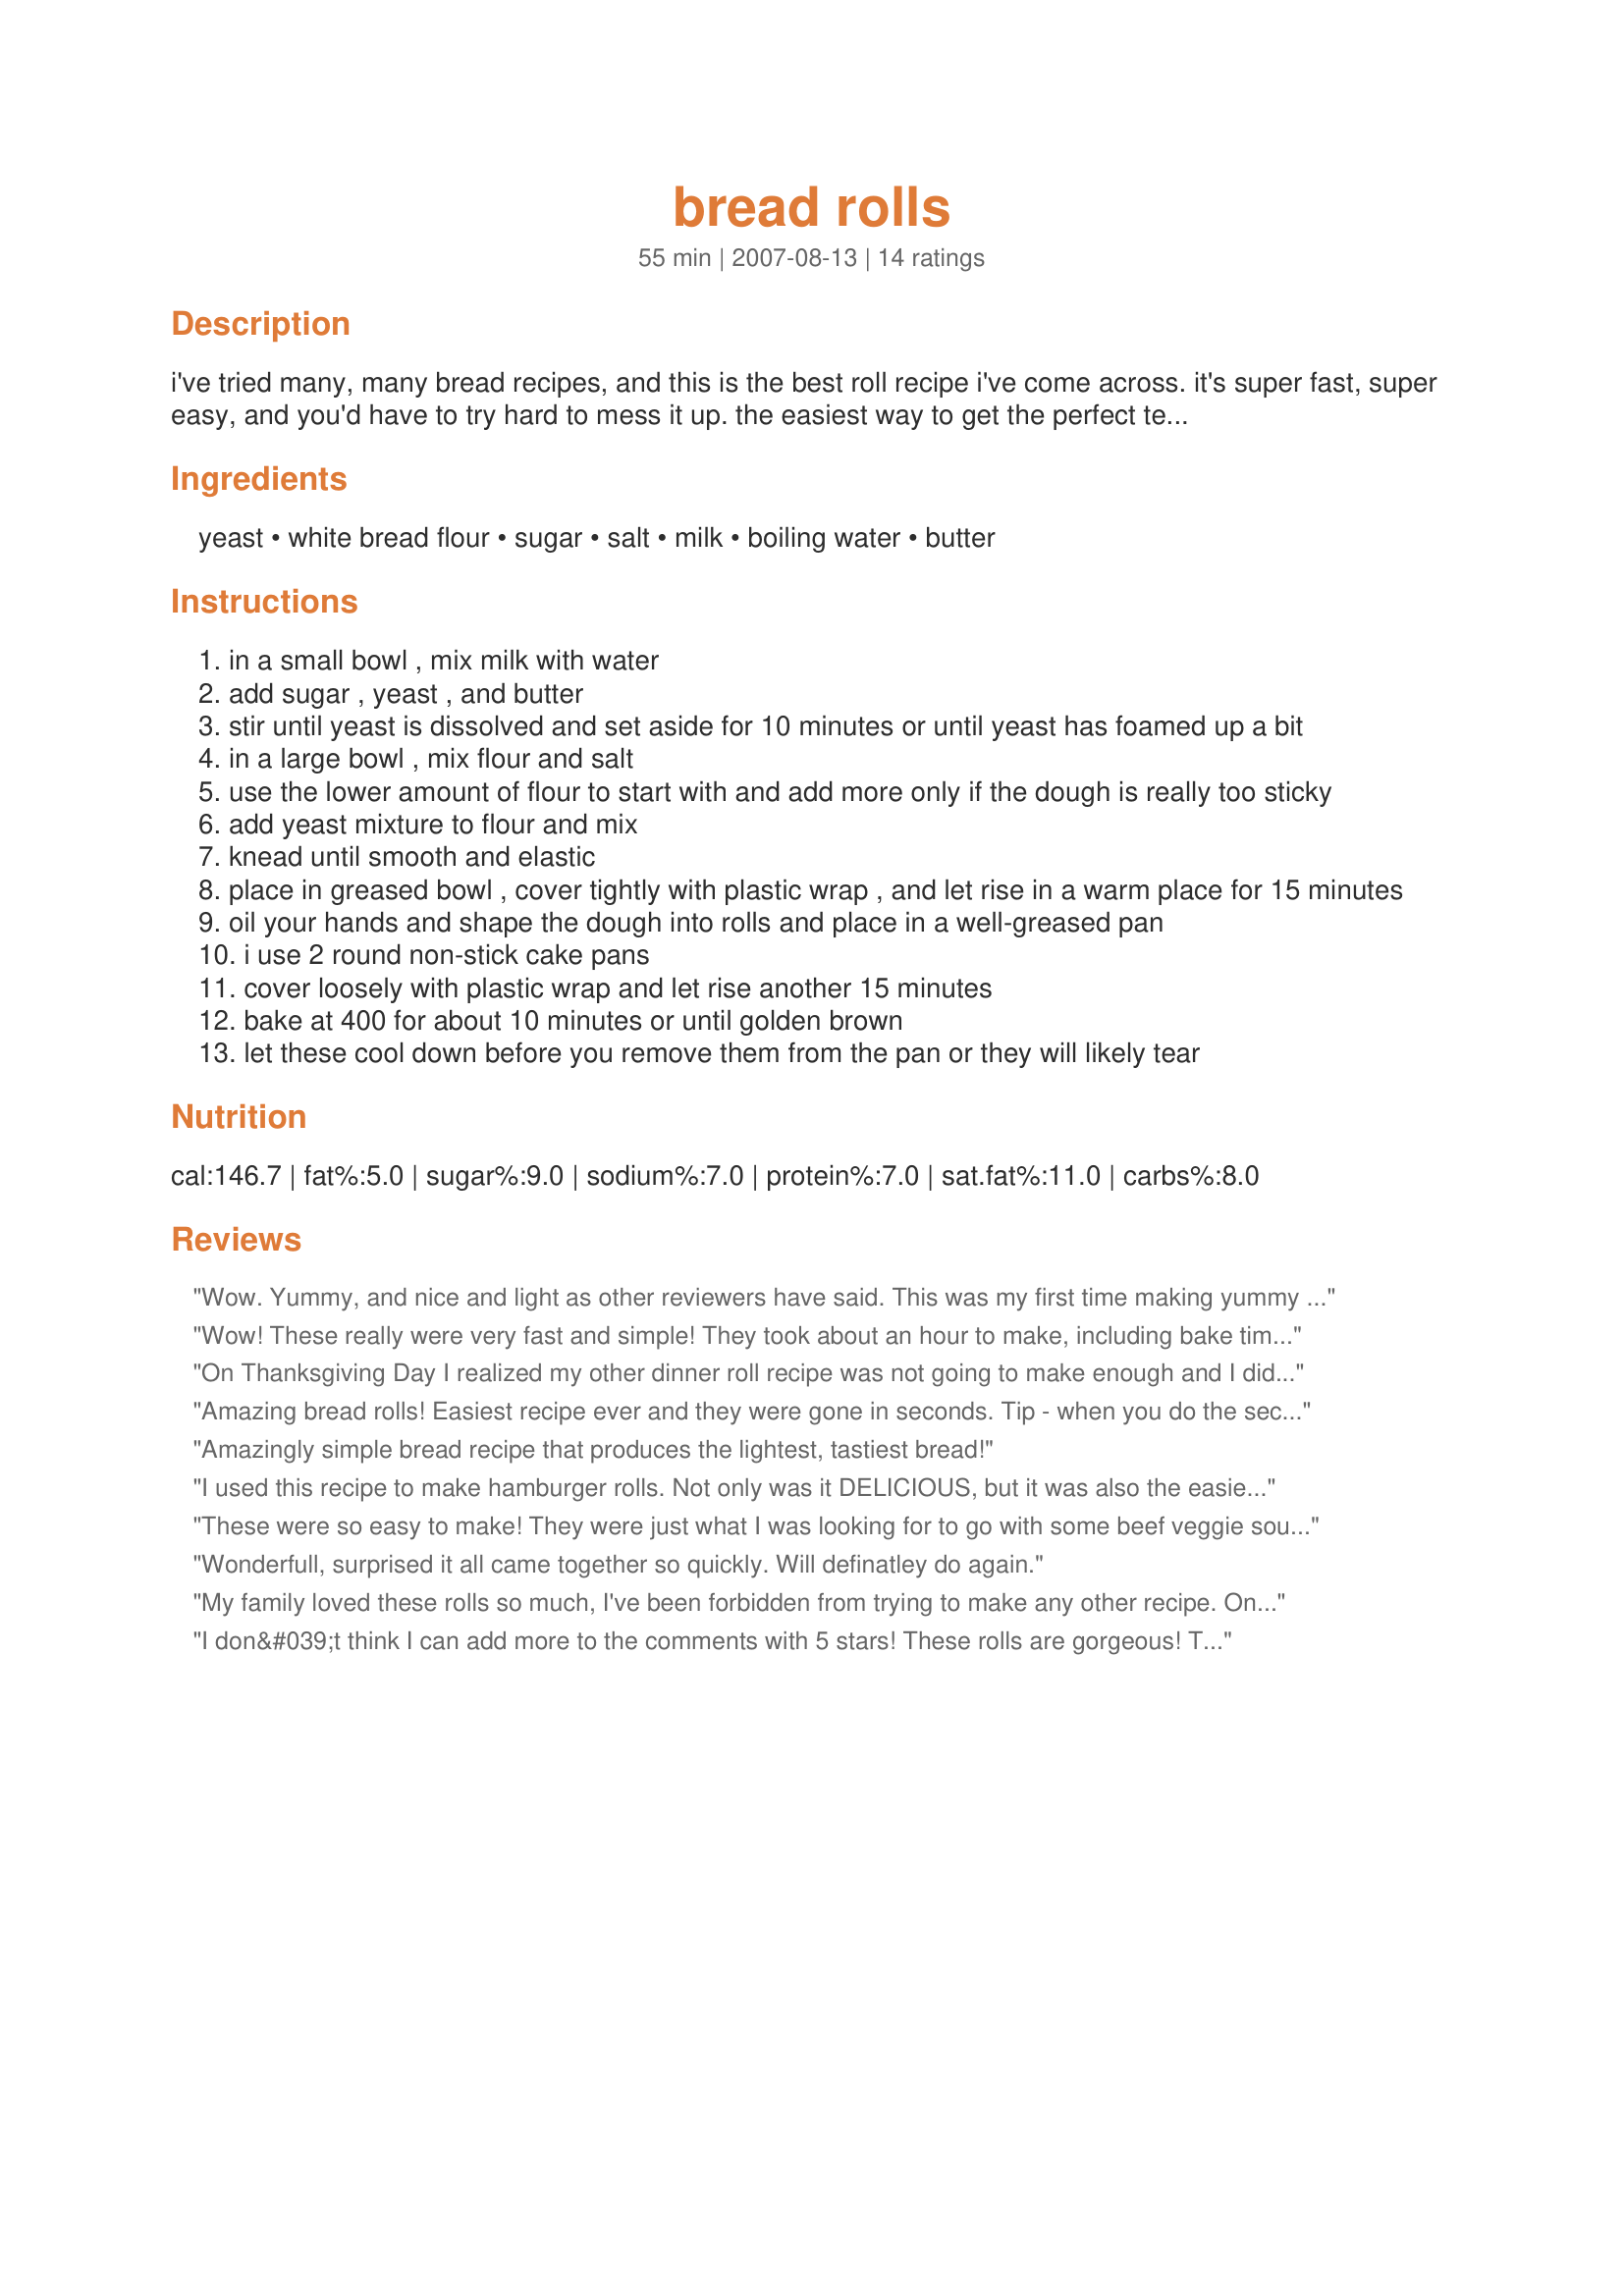
bread rolls
Preparation time: 55 minutes

i've tried many, many bread recipes, and this is the best roll recipe i've come across. it's super fast, super easy, and you'd have to try hard to mess it up. the easiest way to get the perfect temperature water for your yeast is to do 1 part boiling water to 2 parts cold. perfect every time!

Ingredients:
yeast, white bread flour, sugar, salt, milk, boiling water, butter

Steps:
in a small bowl , mix milk with water
add sugar , yeast , and butter
stir until yeast is dissolved and set aside for 10 minutes or until yeast has foamed up a bit
in a large bowl , mix flour and salt
use the lower amount of flour to start with and add more only if the dough is really too sticky
add yeast mixture to flour and mix
knead until smooth and elastic
place in greased bowl , cover tightly with plastic wrap , and let rise in a warm place for 15 minutes
oil your hands and shape the dough into rolls and place in a well-greased pan
i use 2 round non-stick cake pans
cover loosely with plastic wrap and let rise another 15 minutes
bake at 400 for about 10 minutes or until golden brown
let these cool down before you remove them from the pan or they will likely tear

Reviews:
Wow. Yummy, and nice and light as other reviewers have said. This was my first time making yummy bread rolls. I am glad I found this recipe first. I will be using this from now on.
Wow! These really were very fast and simple! They took about an hour to make, including bake time. I did sub some freshly ground wheat flour for a portion of the flour. They were so very light and fluffy, reminding me of the rolls served in public school cafeterias. Yummy! We ate them all up very quickly.
On Thanksgiving Day I realized my other dinner roll recipe was not going to make enough and I didn't have any time to start another batch with all the dough rising time it required. So in a pinch I remembered this fast recipe and quickly made some extra rolls. I couldn't believe how fast these came together and they were even better than the other rolls that had to rise much longer. Well, I threw out that other recipe and plan to use this one from now on. Wow! Now I can make nice dinner rolls in the time it takes to prepare the rest of any other meal plan. This is revolutionary for me! Thanks much! P.S. I used about 2/3 white flour to 1/3 whole wheat flour and it still looked and tasted great!
Amazing bread rolls! Easiest recipe ever and they were gone in seconds. Tip - when you do the second rise they come up quite big so start off small :)
Amazingly simple bread recipe that produces the lightest, tastiest bread!
I used this recipe to make hamburger rolls. Not only was it DELICIOUS, but it was also the easiest bread recipe I've ever made! Thank you!!
These were so easy to make! They were just what I was looking for to go with some beef veggie soup. They came out very light.
Wonderfull, surprised it all came together so quickly. Will definatley do again.
My family loved these rolls so much, I've been forbidden from trying to make any other recipe. One question though, is the butter melted and then cooled to room temperature or just put in solid at room temperature. I did the latter and clearly, the results were fine but it was harder to mix in the flour and be sure it was distributed evenly.
I don&#039;t think I can add more to the comments with 5 stars! These rolls are gorgeous!
The texture is perfect. The flavour is great. The recipe is so easy. Second time I&#039;ve made them and so pleased and happy with them!
I freeze some. Take them out when needed for the next morning. Still as fresh as a daisy!!
Many thanks.
Thank you so much for this recipe! I've looked high and low for a roll recipe that didn't take over an hour to make. I've never made rolls before so I don't know what they're supposed to taste like, but I thought these were really good. Good advise about the temperature of the water too. Will definitely use this recipe again. Thanks!
This recipe is perfect for the time conscious. I love fresh baked bread rolls but never had enough time to make them. This is so quick and easy and so very light. I love the sweet flavour and they compliment a spicy vegetable soup and a curry so well. Thanks so much for posting. This is now a firm favourite. :)
Question Please what is the spoon size measure for 1/4 ounce of yeast. Do I need to melt the butter first
Wow this recipe is very good! I&#039;m new to making bread and I must say this will be my go to recipe. For the Flour I used 3
